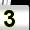
Digit: 3